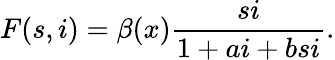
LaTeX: F(s,i)=\beta(x)\frac{si}{1+ai+bsi}.